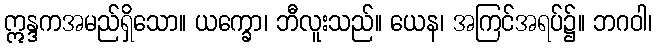
ဣန္ဒကအမည်ရှိသော။ ယက္ခော၊ ဘီလူးသည်။ ယေန၊ အကြင်အရပ်၌။ ဘဂဝါ၊